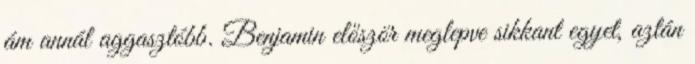
ám annál aggasztóbb. Benjamin először meglepve sikkant egyet, aztán